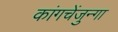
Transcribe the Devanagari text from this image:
कांगचेंजुन्गा